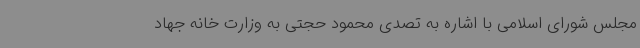
مجلس شورای اسلامی با اشاره به تصدی محمود حجتی به وزارت خانه جهاد